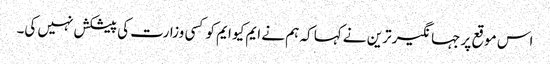
اس موقع پر جہانگیر ترین نے کہا کہ ہم نے ایم کیو ایم کو کسی وزارت کی پیشکش نہیں کی۔